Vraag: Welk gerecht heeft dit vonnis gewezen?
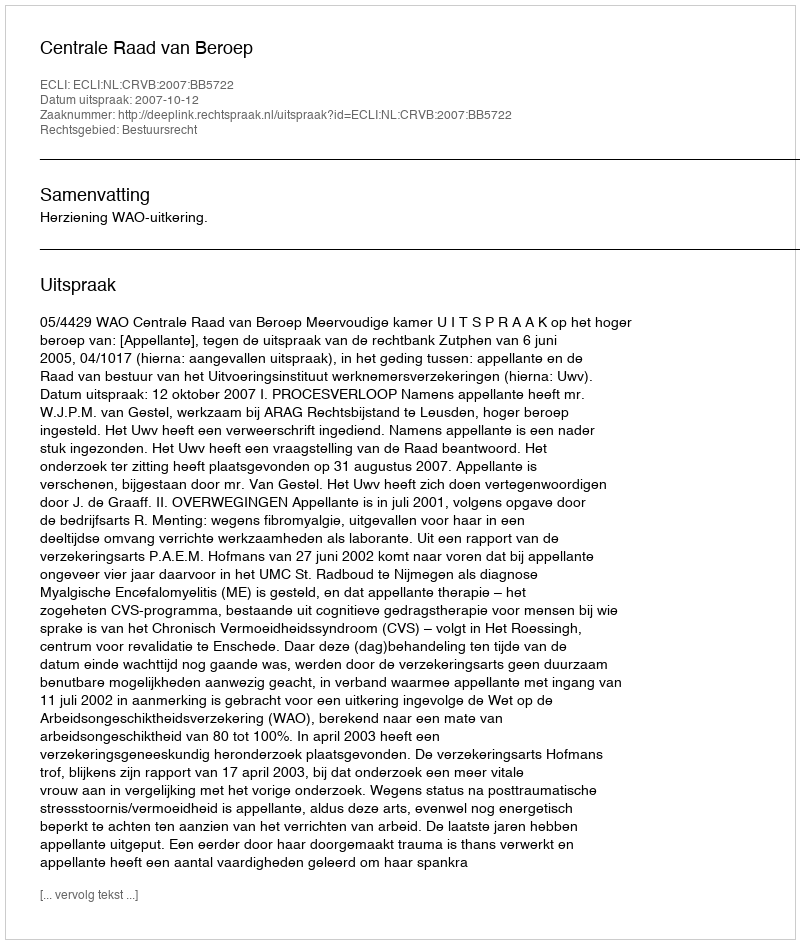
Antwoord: Centrale Raad van Beroep